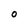
Character: O